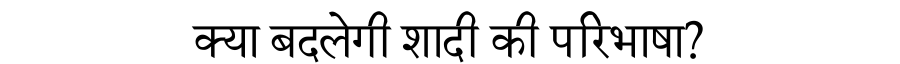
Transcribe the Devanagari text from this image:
क्या बदलेगी शादी की परिभाषा?